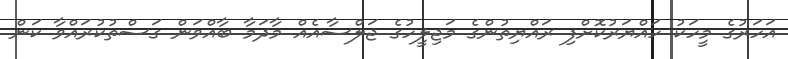
އަހަރުގެ މީހަކު ހައްޔަރުކޮށްފި ރައްޔިތުންގެ މަޖިލީހުގެ ޖަލްސާއެއް މާދަމާ ބާއްވަން ގަސްތުކުރައްވާ ކަން